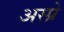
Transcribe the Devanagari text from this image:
अस्प्रे